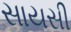
સાયસી